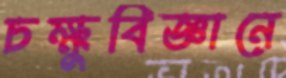
চক্ষুবিজ্ঞানে